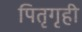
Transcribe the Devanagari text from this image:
पितृगृही